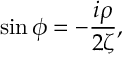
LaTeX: \sin \phi = - \frac { i \rho } { 2 \zeta } ,